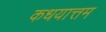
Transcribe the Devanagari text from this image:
कधयात्तम